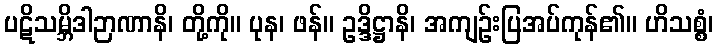
ပဋိသမ္ဘိဒါဉာဏာနိ၊ တို့ကို။ ပုန၊ ဖန်။ ဥဒ္ဒိဋ္ဌာနိ၊ အကျဉ်းပြအပ်ကုန်၏။ ဟိသစ္စံ၊